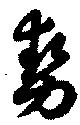
勢